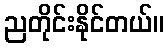
ညတိုင်းနိုင်တယ်။